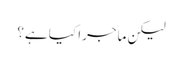
لیکن ماجرا کیا ہے؟